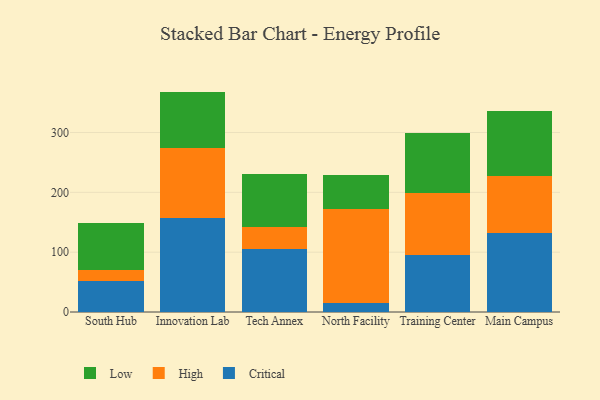
{"axis": {"x": "Campus", "y": "Page Views"}, "legend": ["Critical", "High", "Low"], "data": [{"x": "South Hub", "y": 51.5, "type": "Critical"}, {"x": "South Hub", "y": 19.0, "type": "High"}, {"x": "South Hub", "y": 78.7, "type": "Low"}, {"x": "Innovation Lab", "y": 157.6, "type": "Critical"}, {"x": "Innovation Lab", "y": 117.0, "type": "High"}, {"x": "Innovation Lab", "y": 93.8, "type": "Low"}, {"x": "Tech Annex", "y": 105.3, "type": "Critical"}, {"x": "Tech Annex", "y": 36.0, "type": "High"}, {"x": "Tech Annex", "y": 88.7, "type": "Low"}, {"x": "North Facility", "y": 14.8, "type": "Critical"}, {"x": "North Facility", "y": 157.3, "type": "High"}, {"x": "North Facility", "y": 57.6, "type": "Low"}, {"x": "Training Center", "y": 95.3, "type": "Critical"}, {"x": "Training Center", "y": 103.8, "type": "High"}, {"x": "Training Center", "y": 100.2, "type": "Low"}, {"x": "Main Campus", "y": 131.8, "type": "Critical"}, {"x": "Main Campus", "y": 95.8, "type": "High"}, {"x": "Main Campus", "y": 108.3, "type": "Low"}]}